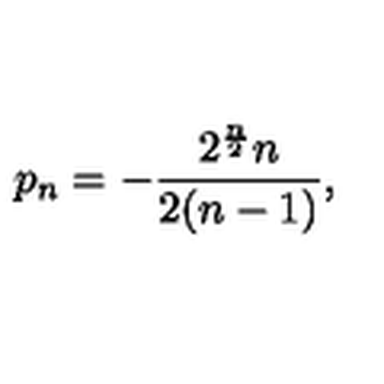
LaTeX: p _ { n } = - { \frac { 2 ^ { \frac { n } { 2 } } n } { 2 ( n - 1 ) } } ,